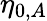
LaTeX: \eta_{0,A}